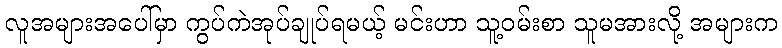
လူအများအပေါ်မှာ ကွပ်ကဲအုပ်ချုပ်ရမယ့် မင်းဟာ သူ့ဝမ်းစာ သူမအားလို့ အများက